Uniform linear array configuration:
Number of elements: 32
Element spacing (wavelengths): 1
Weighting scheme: uniform
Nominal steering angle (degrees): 60
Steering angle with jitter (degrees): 59.583
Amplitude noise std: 0.05
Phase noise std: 0.05

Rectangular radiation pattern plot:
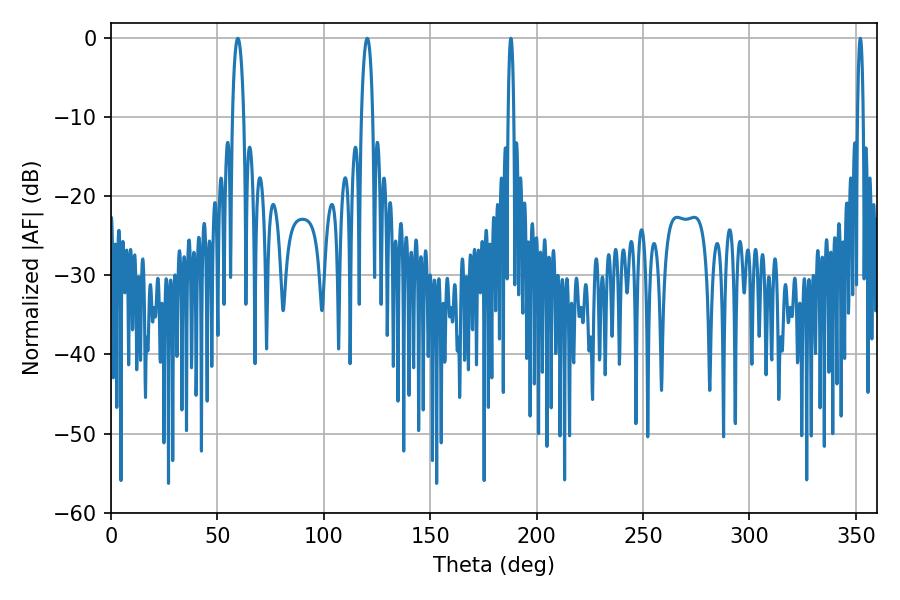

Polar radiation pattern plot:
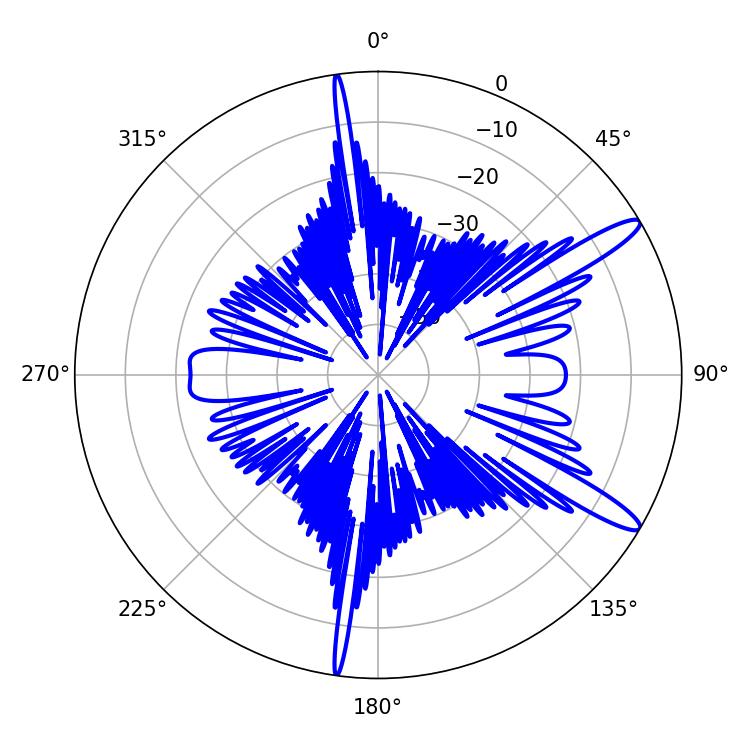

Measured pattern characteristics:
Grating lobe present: TRUE
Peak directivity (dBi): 13.197
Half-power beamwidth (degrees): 3.06
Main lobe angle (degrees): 59.58